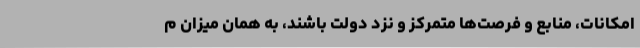
امکانات، منابع و فرصت‌ها متمرکز و نزد دولت باشند، به همان میزان م